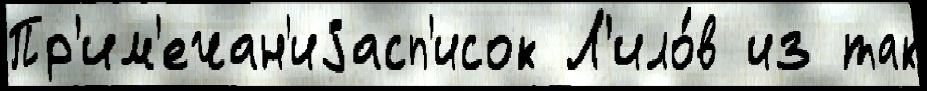
Пр'им'ечан'иjасп'исок Л'ило́в из так